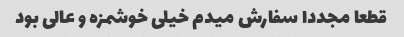
قطعا مجددا سفارش میدم خیلی خوشمزه و عالی بود